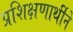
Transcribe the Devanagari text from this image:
प्रशिक्षणार्थीने